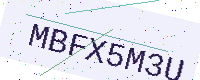
Text: MBFX5M3U